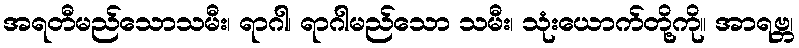
အရတီမည်သောသမီး၊ ရာဂါ၊ ရာဂါမည်သော သမီး၊ သုံးယောက်တို့ကို။ အာရဗ္ဘ၊